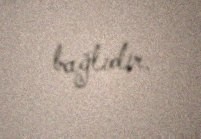
bağlıdır.